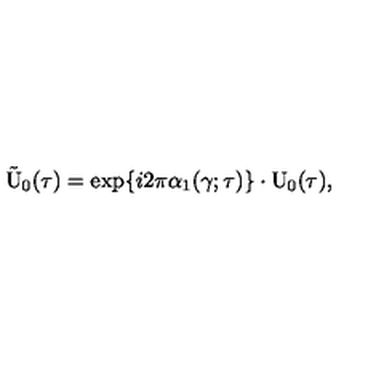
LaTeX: \tilde { \mathrm { U } } _ { 0 } ( \tau ) = \exp \{ i 2 \pi { \alpha } _ { 1 } ( \gamma ; \tau ) \} \cdot \mathrm { U } _ { 0 } ( \tau ) ,